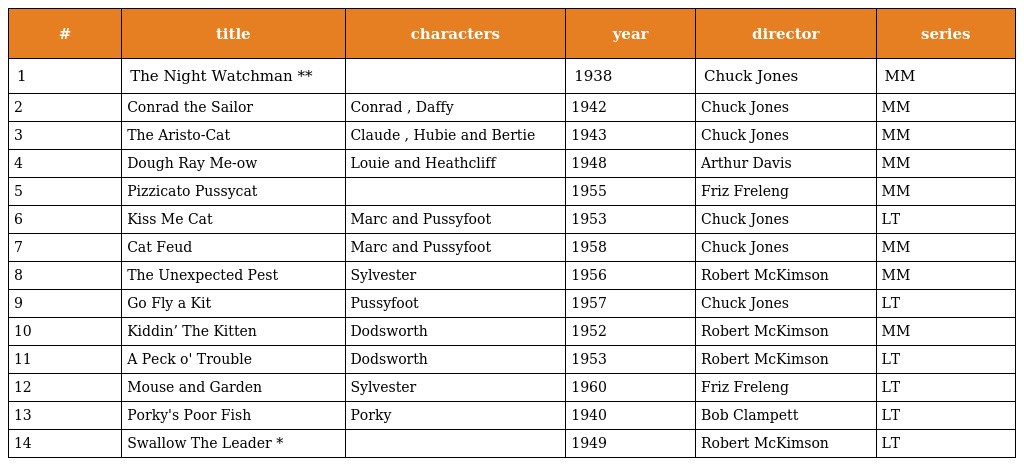
| # | title | characters | year | director | series |
 | --- | --- | --- | --- | --- | --- |
 | 1 | The Night Watchman ** |  | 1938 | Chuck Jones | MM |
 | 2 | Conrad the Sailor | Conrad , Daffy | 1942 | Chuck Jones | MM |
 | 3 | The Aristo-Cat | Claude , Hubie and Bertie | 1943 | Chuck Jones | MM |
 | 4 | Dough Ray Me-ow | Louie and Heathcliff | 1948 | Arthur Davis | MM |
 | 5 | Pizzicato Pussycat |  | 1955 | Friz Freleng | MM |
 | 6 | Kiss Me Cat | Marc and Pussyfoot | 1953 | Chuck Jones | LT |
 | 7 | Cat Feud | Marc and Pussyfoot | 1958 | Chuck Jones | MM |
 | 8 | The Unexpected Pest | Sylvester | 1956 | Robert McKimson | MM |
 | 9 | Go Fly a Kit | Pussyfoot | 1957 | Chuck Jones | LT |
 | 10 | Kiddin’ The Kitten | Dodsworth | 1952 | Robert McKimson | MM |
 | 11 | A Peck o' Trouble | Dodsworth | 1953 | Robert McKimson | LT |
 | 12 | Mouse and Garden | Sylvester | 1960 | Friz Freleng | LT |
 | 13 | Porky's Poor Fish | Porky | 1940 | Bob Clampett | LT |
 | 14 | Swallow The Leader * |  | 1949 | Robert McKimson | LT |